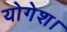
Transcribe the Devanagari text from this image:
योगेश।